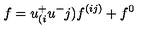
f = u _ { ( i } ^ { + } u ^ { - } { j ) } f ^ { ( i j ) } + f ^ { 0 } \nonumber \,